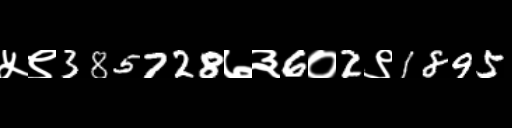
Text: ५९385728७३6०2९1895